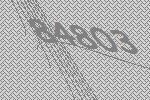
84803